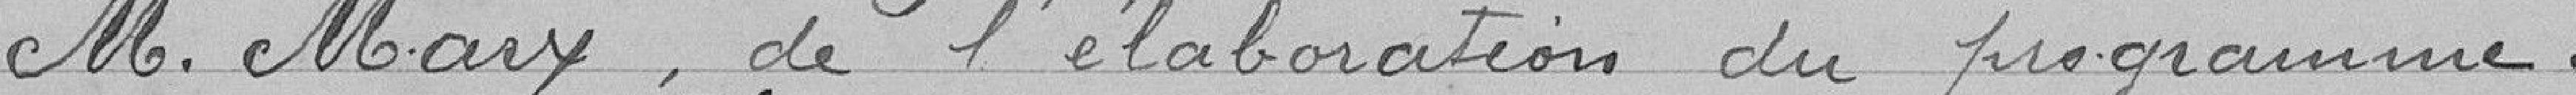
Monsieur MARX, de l'élaboration du programme.